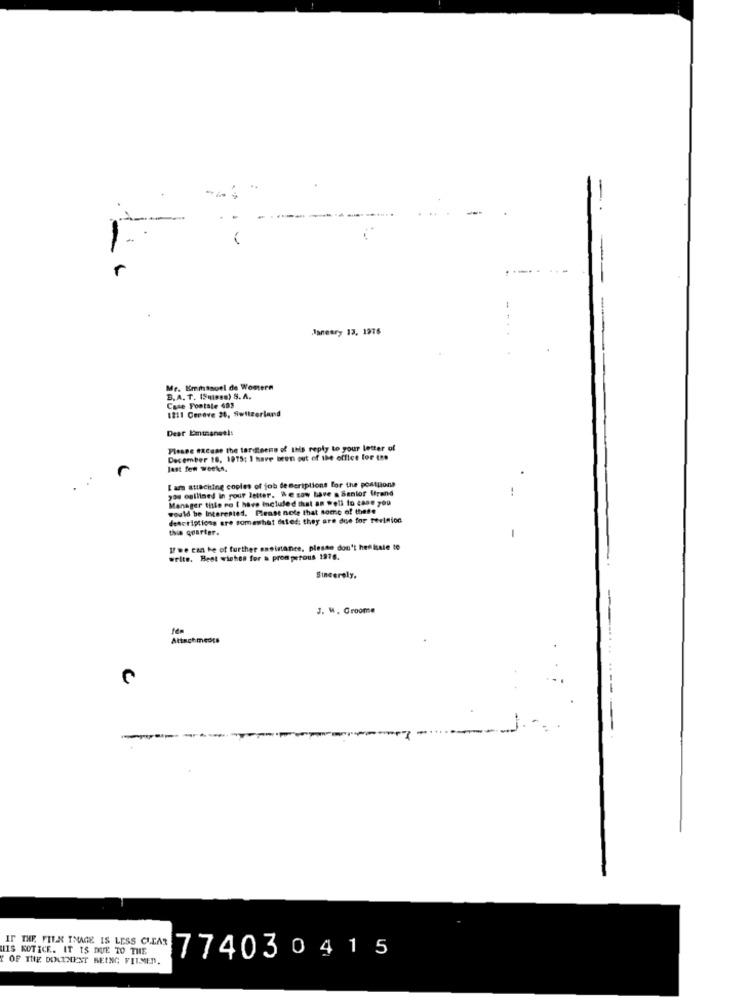
planeary 13, 1976
Mr. Emmanuel de Wontern
B. A. T. (5(eso) S. A.
Case Footale 403
1211 Ceneve 28, Switzerland
Dear Emmanuel:
Please excuse the tardeene of this reply to your letter of
December 16. 1975: 1 have been out of the office for the
last few weeks.
I am attaching copies of job de scriptions for the postlions
you outlined in your letter. We saw have a Senior Grand
Manager title ro I have included that as well to case you
would be Interested, Please note that some of these
descriptions ere somewhat dated; they are due for terinion
this quarter.
I/ we can be of further assistance. plesse don't hen isale to
write. Best wishes for a prosperous 1976.
Sincerely,
J. W. Croome
Attach medts
IF THE FILM IMAGE IS LESS CLEAR
IIS NOTICE. IT IS DUE TO THE
Y OF THE DOLLHEST BEING FILMED.
774030415